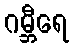
ဂမ္ဘီရေ